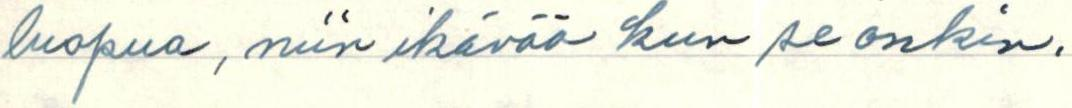
luopua, niin ikävää kun se onkin.